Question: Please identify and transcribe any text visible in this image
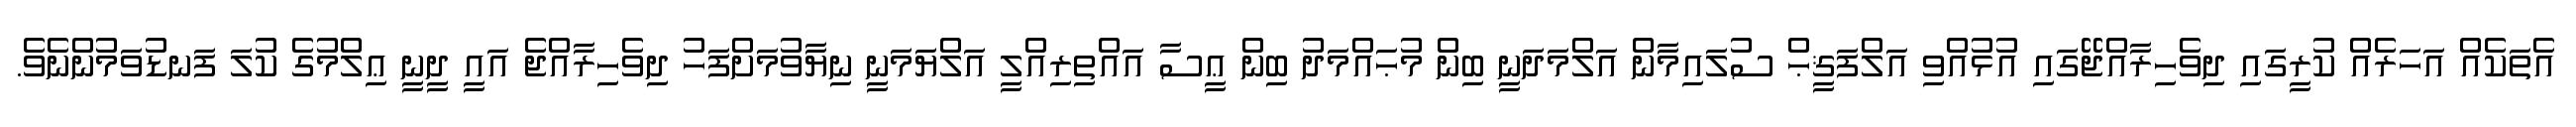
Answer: އެތަކެއް އަހަރެއް ކުރީގައި ދިވެހިރާއްޖޭގައި އުޅުއްވި އަލްފަޤީޙް ސުލައިމާން އަލްމަދަނީ ބިން މުޙައްމަދު ބިން ޢީސާ އައްތިރިއްލީ އަލްޔަމަނީ ނިޔާވުމަށްފަހު ދިވެހިރާއްޖެ އައީ ދީނީ ޢިލްމުގެ ކުލަ ފަނޑުވަމުންނެވެ.